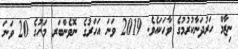
ނިޒާމް ހަރުދަނާކުރުމުގެ ވާހަކައެވެ. 2019 ވަނަ އަހަރުގެ ނޮވެންބަރ މަހުގެ 20 ވަނަ